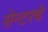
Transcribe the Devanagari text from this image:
सेन्टरचे